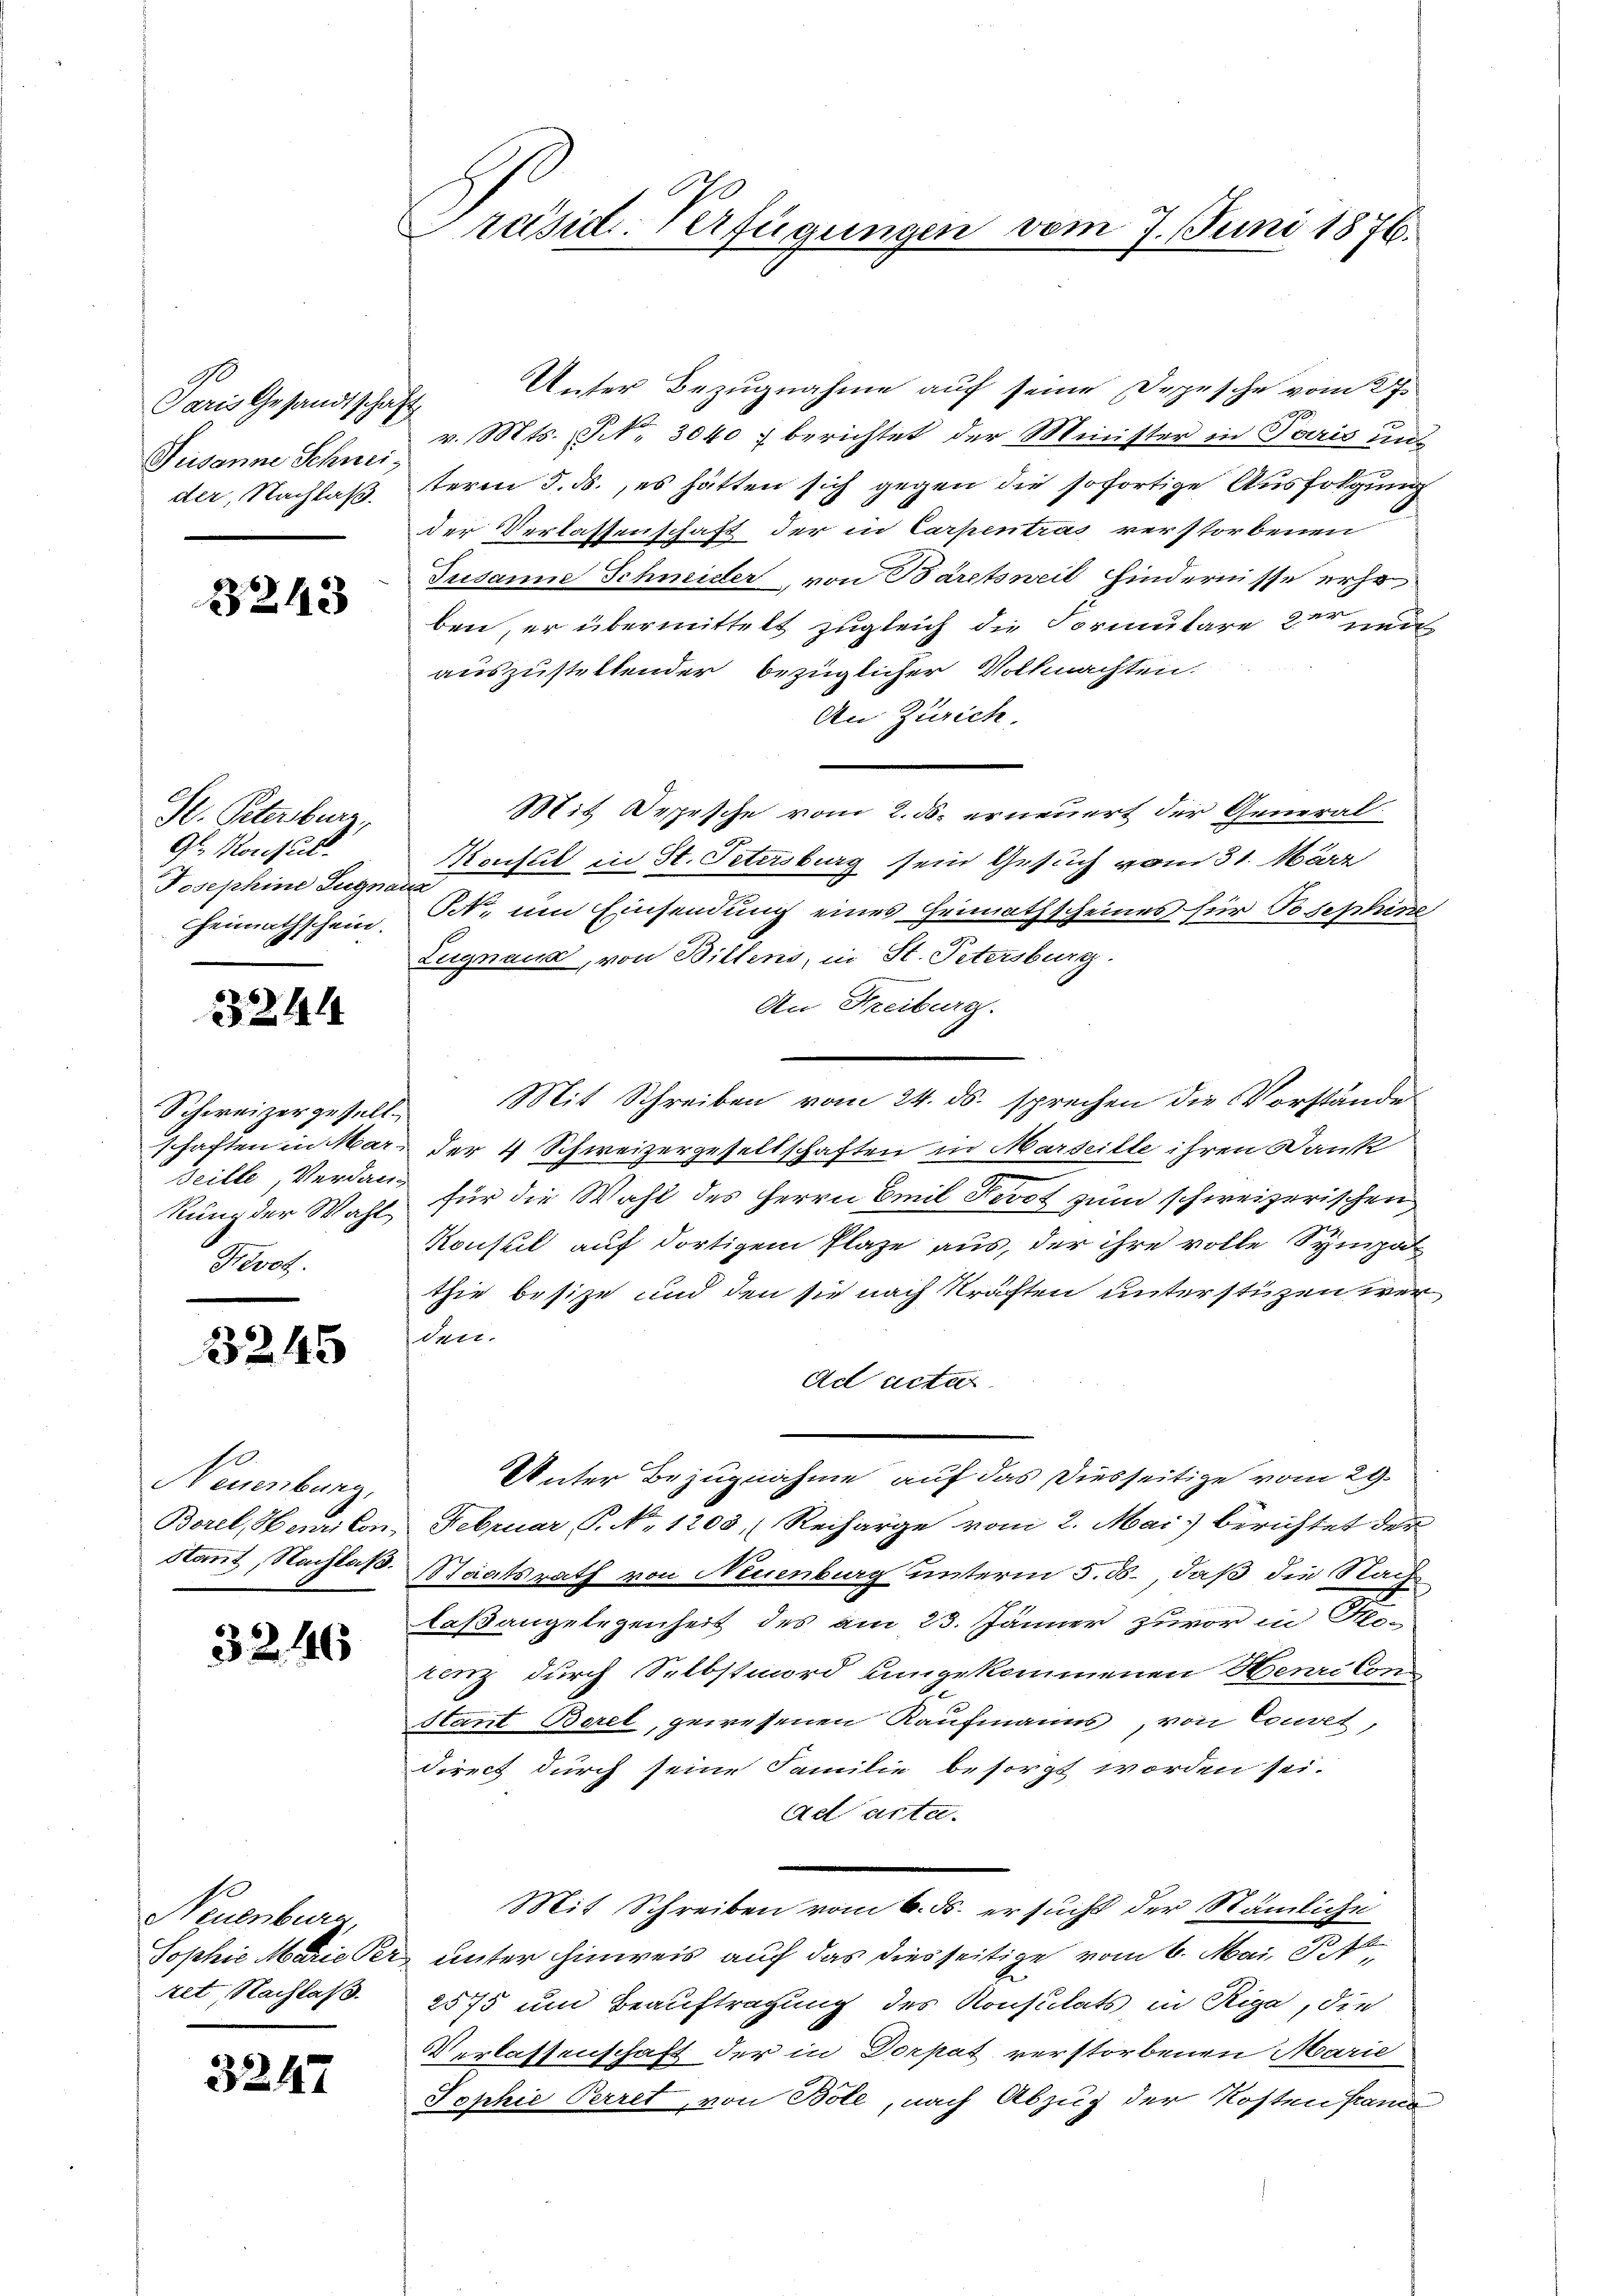
Paris Gesandtschaft
Jusanne Schneider, Nachlaß.

3243

St. Petersburg,
Gl. Konsul
Josephine Zugna
heimathschein.

324

Schweizergesellschaften in Mar-
Teille Verdankung der Wahl
Kevot.

3245

Neuenburg,
Borel, Henri Con
Kannt, Nachlaß.

3246

Neuenburg
Sophie Marie Per
Aet, Nachlas

3247

Präsid-Verfügungen vom 7. Juni 1876.

Unter Bezugnahme auf seine Depesche vom 27.
v. Mts. N. 3040 u berichtet der Minister in Paris und
term 3. ds., es hätten sich gegen die sofortige Ausfolgung
der Verlassenschaft der in Carpentras verstorbenen
Jusanne Schmider, von Bäretsweil findernisse erhoben, er übermittelt zugleich die Formulare der ei
auszustellender bezüglicher Vollmachten.
An Zürich
Mit Oeppische vom 2. ds. erneuert der General-
Konsul in St. Petersburg sein Gesuch vom 31. März
a
St., um Einsendung eines Heimathscheines für Josephine
Lugnen, von Billens, in St. Petersburg.
An Freiburg.
Mit Schreiben vom 24. ds. sprechen die Vorstände
der 4 Schweizergesellschaften in Marseille ihren Dank
für die Wahl des Herrn Emil Fevet zum schweizerischen
Konsul auf dortigem Plaze aus, der ihre volle Sympa
thie besize und den sie nach Kräften unterstüzen werden.
Ad actat
Unter Bezugnahme auf das Diesseitige vom 29.
Februar P. No. 1203. Recharge vom 2. Mai berichtet der
Staatsrath von Neuenburg unterm 5. ds., daß die Nachlaßangelegenheit des am 23. Jänner zuvor in d
tenz durch Selbstmord umgekommenen Henri Constant Borel, gewesenen Kaufmanns, von Convet
direct durch seine Familie besorgt worden sei.
Ad acta.
Mit Schreiben vom 6. ds. ersucht der Stämliche
unter hinweis auf das diesseitige vom 6. Mai 18
2575 um Beauftragung des Konsulats in Riga, die
Verlassenschaft der in Dorpat verstorbenen Marie
Jophie Perret, von Bole, nach Abzug der Kosten Pramo